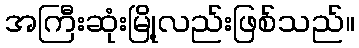
အကြီးဆုံးမြို့လည်းဖြစ်သည်။